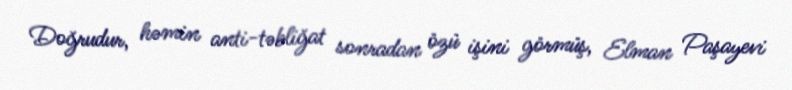
Doğrudur, həmin anti-təbliğat sonradan özü işini görmüş, Elman Paşayevi